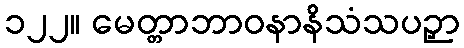
၁၂၂။ မေတ္တာဘာဝနာနိသံသပဉှာ